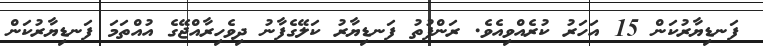
ފަނޑިޔާރުކަން 15 އަހަރު ކުރެއްވިއެވެ. ރަންފުތު ފަނޑިޔާރު ކަލޭގެފާނު ދިވެހިރާއްޖޭގެ އުއްތަމަ ފަނޑިޔާރުކަން